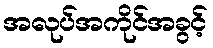
အလုပ်အကိုင်အခွင့်